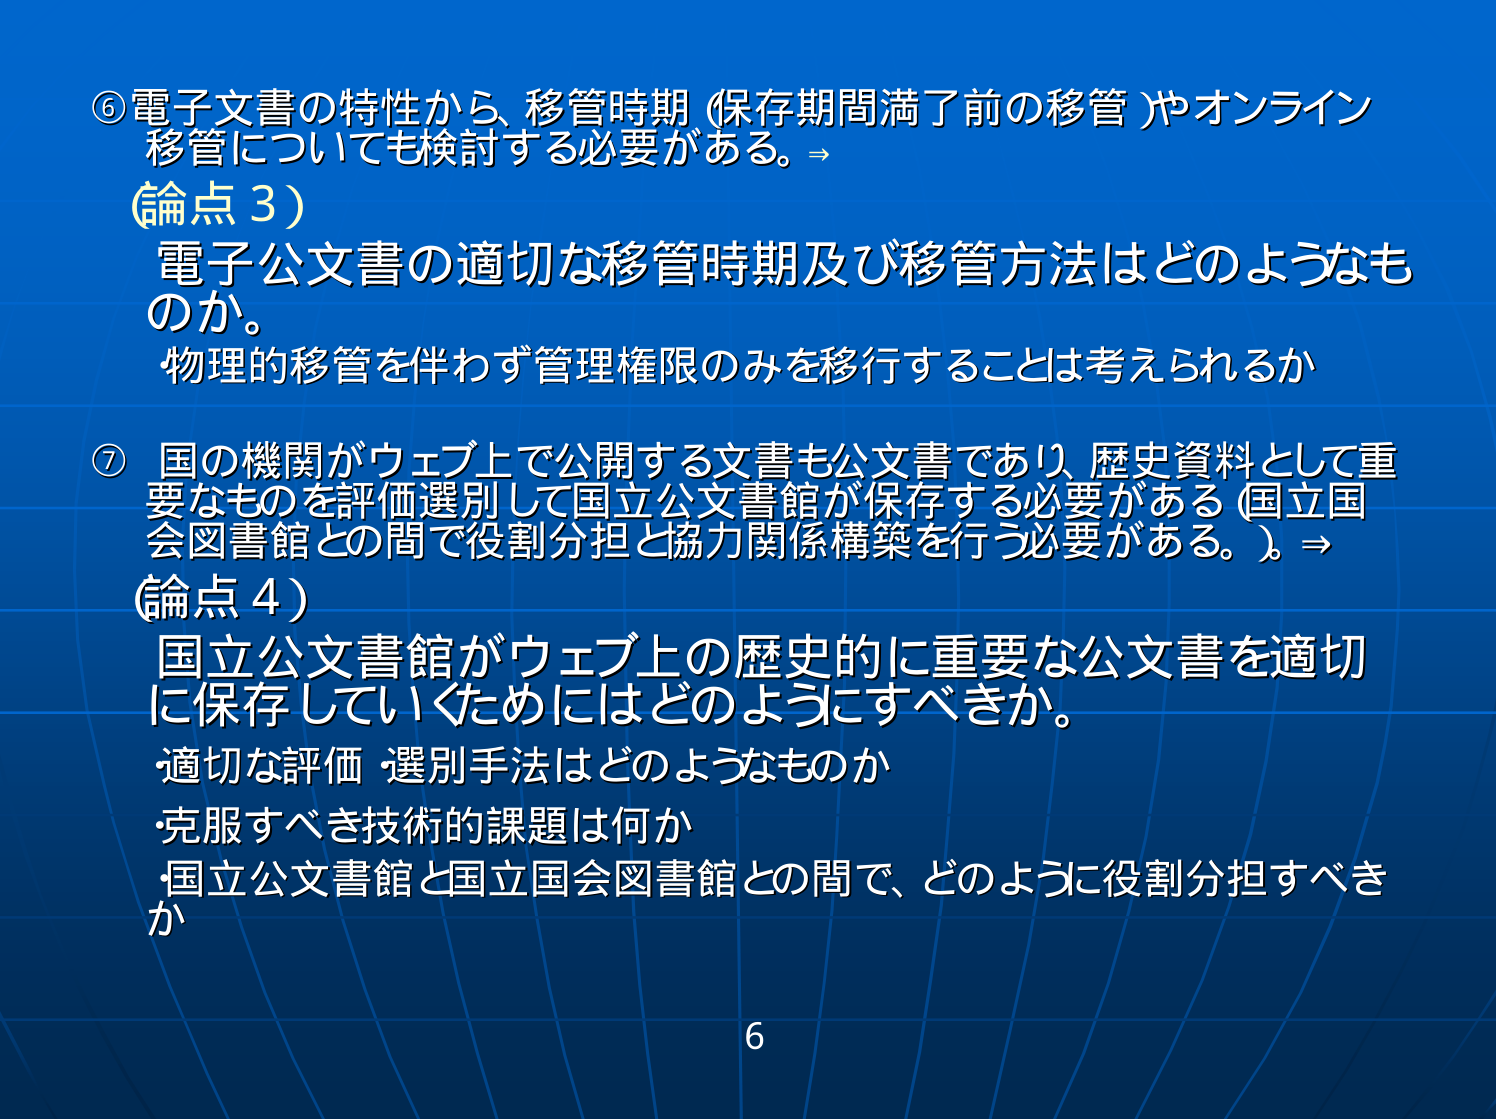
⑥ 電子文書の特性から、移管時期（保存期間満了前の移管）やオンライン移管についても検討する必要がある。⇒
（論点3）
電子公文書の適切な移管時期及び移管方法はどのようなものか。
物理的移管を伴わず管理権限のみを移行することは考えられるか

⑦ 国の機関がウェブ上で公開する文書も公文書であり、歴史資料として重要なものを評価選別して国立公文書館が保存する必要がある（国立国会図書館との間で役割分担と協力関係構築を行う必要がある。）。⇒
（論点4）
国立公文書館がウェブ上の歴史的に重要な公文書を適切に保存していくためにはどのようにすべきか。
・適切な評価・選別手法はどのようなものか
・克服すべき技術的課題は何か
・国立公文書館と国立国会図書館との間で、どのように役割分担すべきか

6